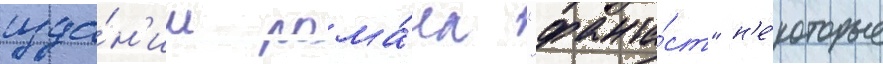
изда́н'ии рома́на "фанта́ст" н'е́которые